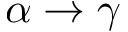
\alpha \rightarrow \gamma